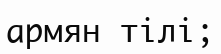
армян тілі;